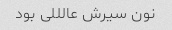
نون سیرش عالللی بود